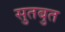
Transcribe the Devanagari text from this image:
सुतबुत